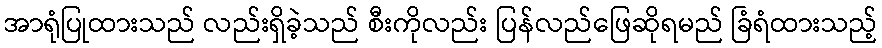
အာရုံပြုထားသည် လည်းရှိခဲ့သည် စီးကိုလည်း ပြန်လည်ဖြေဆိုရမည် ခြံရံထားသည့်